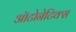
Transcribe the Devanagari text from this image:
ऑटोनेटिक्स